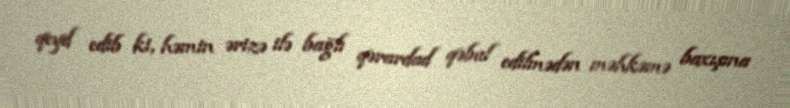
qeyd edib ki, həmin ərizə ilə bağlı qərardad qəbul edilmədən məhkəmə baxışına